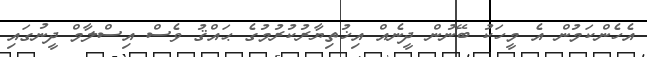
އެހެންކަމުން އެ މީހަކު ބޭނުން ދީނެއް އިޚުތިޔާރުކުރުމުގެ ޙައްޤު ވެސް އިސްލާމް ދީނުގައި